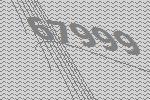
67999